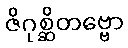
ဇိဂုစ္ဆိတဗ္ဗော